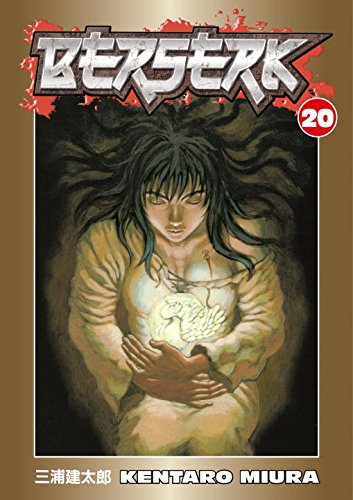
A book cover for Berserk, Vol. 20; Kentaro Miura; Comics & Graphic Novels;